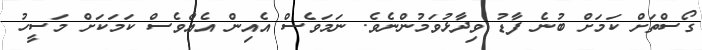
ގޯސްތަށް ކަމަށް ބުނެ ފާޑު ވިދާޅުުވަމުންނެވެ. ނަމަވެސް އެއިން އެއްވެސް ކަމަކަށް މަސީހު